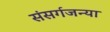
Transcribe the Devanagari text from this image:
संसर्गजन्या